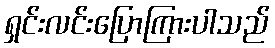
ရှင်းလင်းပြောကြားပါသည်